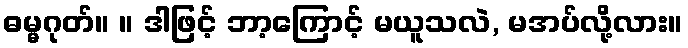
ဓမ္မဂုတ်။ ။ ဒါဖြင့် ဘာ့ကြောင့် မယူသလဲ, မအပ်လို့လား။